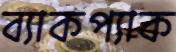
ব্যাকপ্যাক